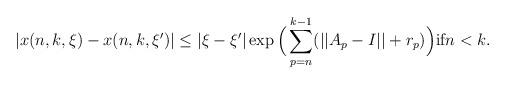
LaTeX: \begin{align*}|x(n,k,\xi)-x(n,k,\xi')|\leq |\xi-\xi'|\exp\Big(\sum\limits_{p=n}^{k-1}(||A_{p}-I||+r_{p})\Big) \textnormal{if} n<k.\end{align*}